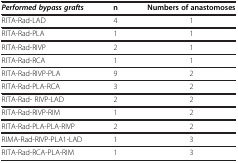
<table><thead><tr><td><b><i>Performed bypass grafts</i></b></td><td><b>n</b></td><td><b>Numbers of anastomoses</b></td></tr></thead><tbody><tr><td>RITA-Rad-LAD</td><td>4</td><td>1</td></tr><tr><td>RITA-Rad-PLA</td><td>1</td><td>1</td></tr><tr><td>RITA-Rad-RIVP</td><td>2</td><td>1</td></tr><tr><td>RITA-Rad-RCA</td><td>1</td><td>1</td></tr><tr><td>RITA-Rad-RIVP-PLA</td><td>9</td><td>2</td></tr><tr><td>RITA-Rad-PLA-RCA</td><td>3</td><td>2</td></tr><tr><td>RITA-Rad- RIVP-LAD</td><td>2</td><td>2</td></tr><tr><td>RITA-Rad-RIVP-RIM</td><td>1</td><td>2</td></tr><tr><td>RITA-Rad-PLA-PLA-RIVP</td><td>2</td><td>2</td></tr><tr><td>RIMA-Rad-RIVP-PLA1-LAD</td><td>1</td><td>3</td></tr><tr><td>RITA-Rad-RCA-PLA-RIM</td><td>1</td><td>3</td></tr></tbody></table>